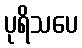
ပုရိသပေ